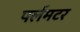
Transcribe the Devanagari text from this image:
पर्लमटर